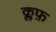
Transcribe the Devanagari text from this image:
क्लफ़